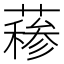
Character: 𬞣